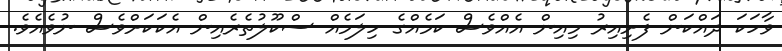
ވާހަކަ ދައްކަން ފެށިއިރު މިއިން އެއްވެސް ކަމެއްގެ ހިލަމެއް ސްކޫލުތެރެއިން އެކަކަށްވެސް ނުވެއެވެ.